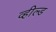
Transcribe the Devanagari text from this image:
व्हील्ड